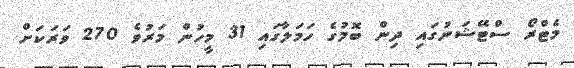
މެޓްރޯ ސްޓޭޝަނުގައި ދިން ބޮމުގެ ހަމަލާގައި 31 މީހުން މަރުވެ 270 ވަރަކަށް